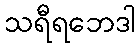
သရီရဘေဒါ